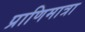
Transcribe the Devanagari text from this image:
प्राणिमात्रा